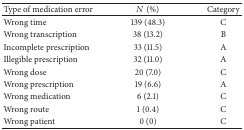
<table><thead><tr><td><b>Type of medication error</b></td><td><b><i>N</i> (%)</b></td><td><b>Category</b></td></tr></thead><tbody><tr><td>Wrong time</td><td>139 (48.3)</td><td>C</td></tr><tr><td>Wrong transcription</td><td>38 (13.2)</td><td>B</td></tr><tr><td>Incomplete prescription</td><td>33 (11.5)</td><td>A</td></tr><tr><td>Illegible prescription </td><td>32 (11.0)</td><td>A</td></tr><tr><td>Wrong dose</td><td>20 (7.0)</td><td>C</td></tr><tr><td>Wrong prescription</td><td>19 (6.6)</td><td>A</td></tr><tr><td>Wrong medication</td><td>6 (2.1)</td><td>C</td></tr><tr><td>Wrong route</td><td>1 (0.4)</td><td>C</td></tr><tr><td>Wrong patient</td><td>0 (0)</td><td>C</td></tr></tbody></table>